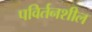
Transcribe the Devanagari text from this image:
पविर्तनशील